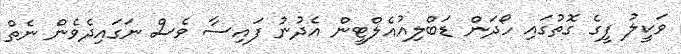
ވަކީލު ފީގެ ގޮތުގައި ހޯދަން ޑަބްލިއުއެލްޓީން އެދުނު ފައިސާ ވެސް ނަގައިދެވެން ނެތް